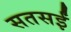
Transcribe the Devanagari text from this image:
सतसईं